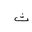
Letter: _tha